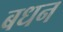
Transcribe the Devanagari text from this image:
बधन